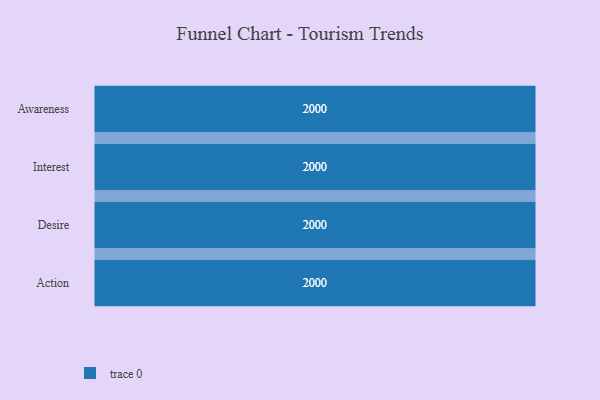
{"axis": {"x": "Stage", "y": "Value"}, "legend": [""], "data": [{"x": "Awareness", "y": 2000, "type": ""}, {"x": "Interest", "y": 2000, "type": ""}, {"x": "Desire", "y": 2000, "type": ""}, {"x": "Action", "y": 2000, "type": ""}]}